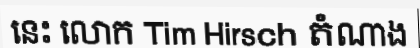
នេះ លោក Tim Hirsch តំណាង